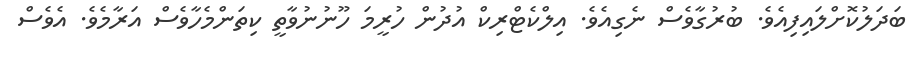
ބަދަލުކޮށްލައިފިއެވެ. ބުރުގާވެސް ނެގިއެވެ. އިލްކެޓްރިކް އުދުން ހުރީމަ ހޫނުނުވާތީ ކިތަންމެހާވެސް އަރާމެވެ. އެވެސް